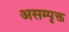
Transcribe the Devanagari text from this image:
असम्पृक्त